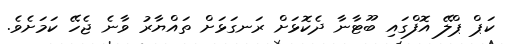
ކަޕް ޕްލޭ އޮފްގައި ބޫޓާނާ ދެކޮޅަށް ރަނގަޅަށް ތައްޔާރު ވާނެ ޖެހޭ ކަމަށެވެ.